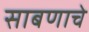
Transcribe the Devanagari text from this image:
साबणाचे